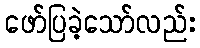
ဖော်ပြခဲ့သော်လည်း